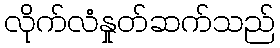
လိုက်လံနှုတ်ဆက်သည်